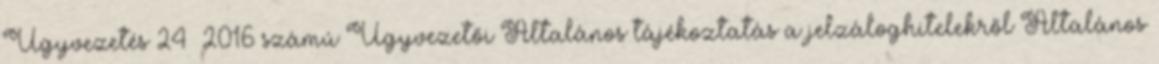
Ügyvezetés 24 2016 számú Ügyvezetői Általános tájékoztatás a jelzáloghitelekről Általános